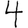
Digit: 4